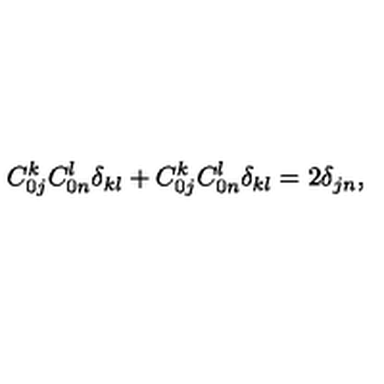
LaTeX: C _ { 0 j } ^ { k } C _ { 0 n } ^ { l } \delta _ { k l } + C _ { 0 j } ^ { k } C _ { 0 n } ^ { l } \delta _ { k l } = 2 \delta _ { j n } ,